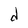
Character: d